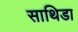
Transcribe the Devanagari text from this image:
साथिडा